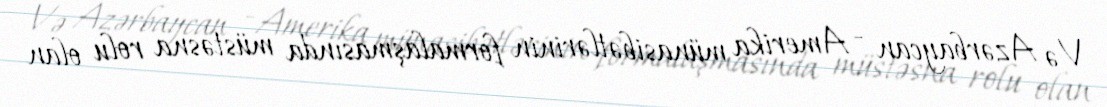
Və Azərbaycan - Amerika münasibətlərinin formalaşmasında müstəsna rolu olan